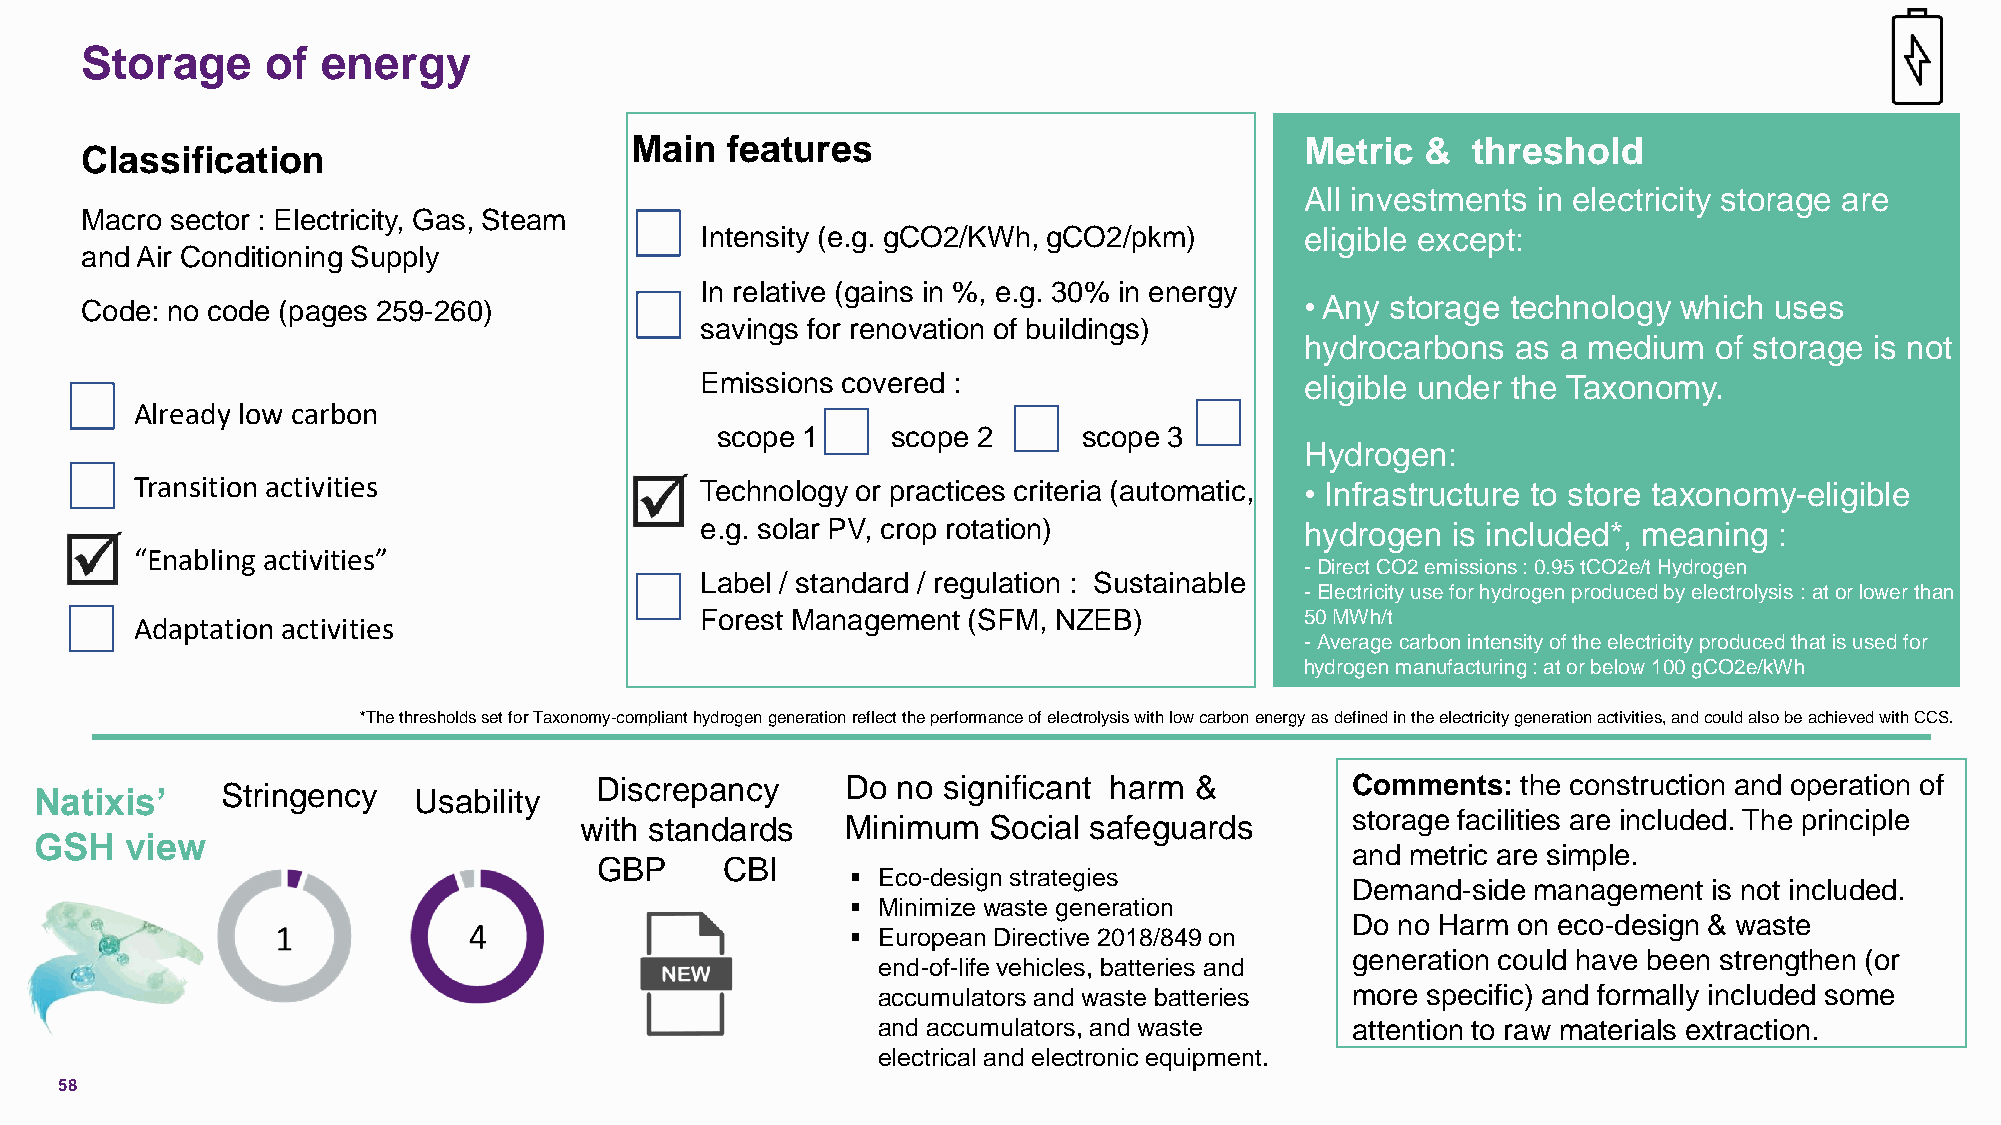
Storage      of energy
 Main  features                              Metric  &  threshold
 Classification
 All investments in electricity storage are
 Macro sector : Electricity, Gas, Steam
 Intensity (e.g. gCO2/KWh, gCO2/pkm)     eligible except:
 and Air Conditioning Supply
 In relative (gains in %, e.g. 30% in energy
 Code: no code (pages 259-260)                                                    • Any storage technology which uses
 savings for renovation of buildings)
 hydrocarbons  as a medium   of storage is not
 Emissions covered :                     eligible under the Taxonomy.
 Already low carbon
 scope 1     scope 2      scope 3
 Hydrogen:
 Transition activities                Technology or practices criteria (automatic, • Infrastructure to store taxonomy-eligible
 e.g. solar PV, crop rotation)           hydrogen  is included*, meaning :
 “Enabling activities”
 -Direct CO2 emissions : 0.95 tCO2e/t Hydrogen
 Label / standard / regulation : Sustainable
 -Electricity use for hydrogen produced by electrolysis : at or lower than
 Forest Management (SFM, NZEB)           50 MWh/t
 Adaptation activities
 -Average carbon intensity of the electricity produced that is used for
 hydrogen manufacturing : at or below 100 gCO2e/kWh
 *The thresholds set for Taxonomy-compliant hydrogen generation reflect the performance of electrolysis with low carbon energy asdefined in the electricity generation activities, and could also be achieved with CCS.
 Natixis’     Stringency  Usability   Discrepancy      Do no significant harm &         Comments:   the construction and operation of
 with standards    M i n imum Social safeguards     storage facilities are included. The principle
 GSH   view
 and metric are simple.
 GBP      CBI
 ▪ Eco-design strategies
 Demand-side management  is not included.
 ▪ Minimize waste generation
 Do no Harm on eco-design & waste
 ▪ European Directive 2018/849 on
 generation could have been strengthen (or
 end-of-life vehicles, batteries and
 accumulators and waste batteries more specific) and formally included some
 and accumulators, and waste    attention to raw materials extraction.
 electrical and electronic equipment.
 58
 C1 -Public Natixis